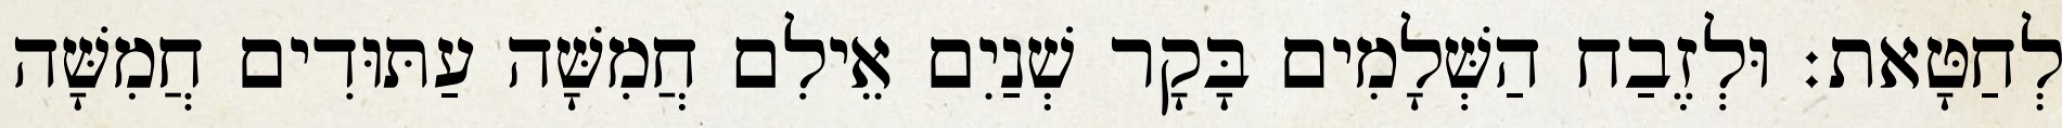
לְחַטָּאת׃ וּלְזֶבַח הַשְּׁלָמִים בָּקָר שְׁנַיִם אֵילִם חֲמִשָּׁה עַתּוּדִים חֲמִשָּׁה